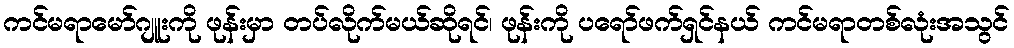
ကင်မရာမော်ဂျူးကို ဖုန်းမှာ တပ်လိုက်မယ်ဆိုရင်၊ ဖုန်းကို ပရော်ဖက်ရှင်နယ် ကင်မရာတစ်လုံးအသွင်